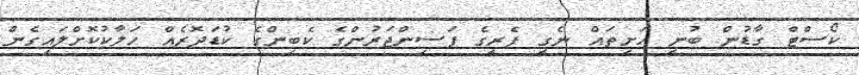
ކޯސްޓް ގާޑުން ބުނީ ހަށިތައް ނެގީ ފެރީގެ ފަސިންޖަރުންގެ ކެބިންގެ ކުޑަދޮރެއް ހަލާކުކޮށްލައިގެން